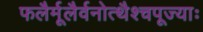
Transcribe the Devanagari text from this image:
फलैर्मूलैर्वनोत्थैश्चपूज्याः